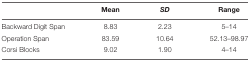
<table><thead><tr><td></td><td><b>Mean</b></td><td><b><i>SD</i></b></td><td><b>Range</b></td></tr></thead><tbody><tr><td>Backward Digit Span</td><td>8.83</td><td>2.23</td><td>5–14</td></tr><tr><td>Operation Span</td><td>83.59</td><td>10.64</td><td>52.13–98.97</td></tr><tr><td>Corsi Blocks</td><td>9.02</td><td>1.90</td><td>4–14</td></tr></tbody></table>